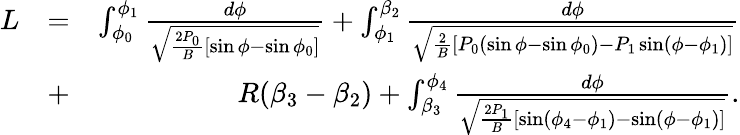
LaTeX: \begin{array}{rlr}{L}&{=}&{\int_{\phi_{0}}^{\phi_{1}}\frac{d\phi}{\sqrt{\frac{2P_{0}}{B}[\sin\phi-\sin\phi_{0}]}}+\int_{\phi_{1}}^{\beta_{2}}\frac{d\phi}{\sqrt{\frac{2}{B}[P_{0}(\sin\phi-\sin\phi_{0})-P_{1}\sin(\phi-\phi_{1})]}}}\\ &{+}&{R(\beta_{3}-\beta_{2})+\int_{\beta_{3}}^{\phi_{4}}\frac{d\phi}{\sqrt{\frac{2P_{1}}{B}[\sin(\phi_{4}-\phi_{1})-\sin(\phi-\phi_{1})]}}.}\end{array}